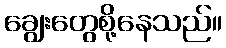
ချွေးတွေစို့နေသည်။